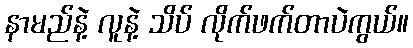
နာမည်နဲ့ လူနဲ့ သိပ် လိုက်ဖက်တာပဲကွယ်။